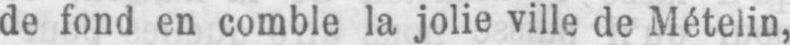
de fond en comble la jolie ville de Mételin,